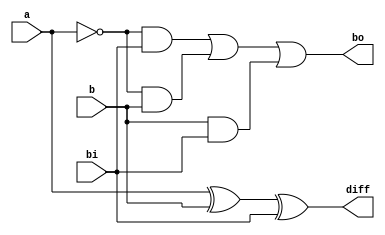
//Full Subtractor
module full_subtractor(diff,bo,a,b,bi);
input a,b,bi;
output diff, bo;
assign diff = a^b^bi;
assign bo = (~a&bi)|(~a&b)|(b&bi);
endmodule

//Testbench
module tb_full_subtractor;
reg a,b,bi;
wire difference, borrow;
full_subtractor fs(difference,borrow,a,b,bi);
integer i;

initial
begin 
for(i=0;i<8;i=i+1)
begin
{a,b,bi}=i;
#5;
$display("T=%2d, a=%b, b=%b, bi=%b, difference= %b, borrow=%b",$time, a,b,bi,difference,borrow);
end
#5 $finish;
end
endmodule